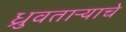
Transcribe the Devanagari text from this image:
ध्रुवताऱ्याचे